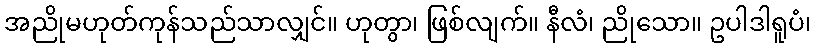
အညိုမဟုတ်ကုန်သည်သာလျှင်။ ဟုတွာ၊ ဖြစ်လျက်။ နီလံ၊ ညိုသော။ ဥပါဒါရူပံ၊